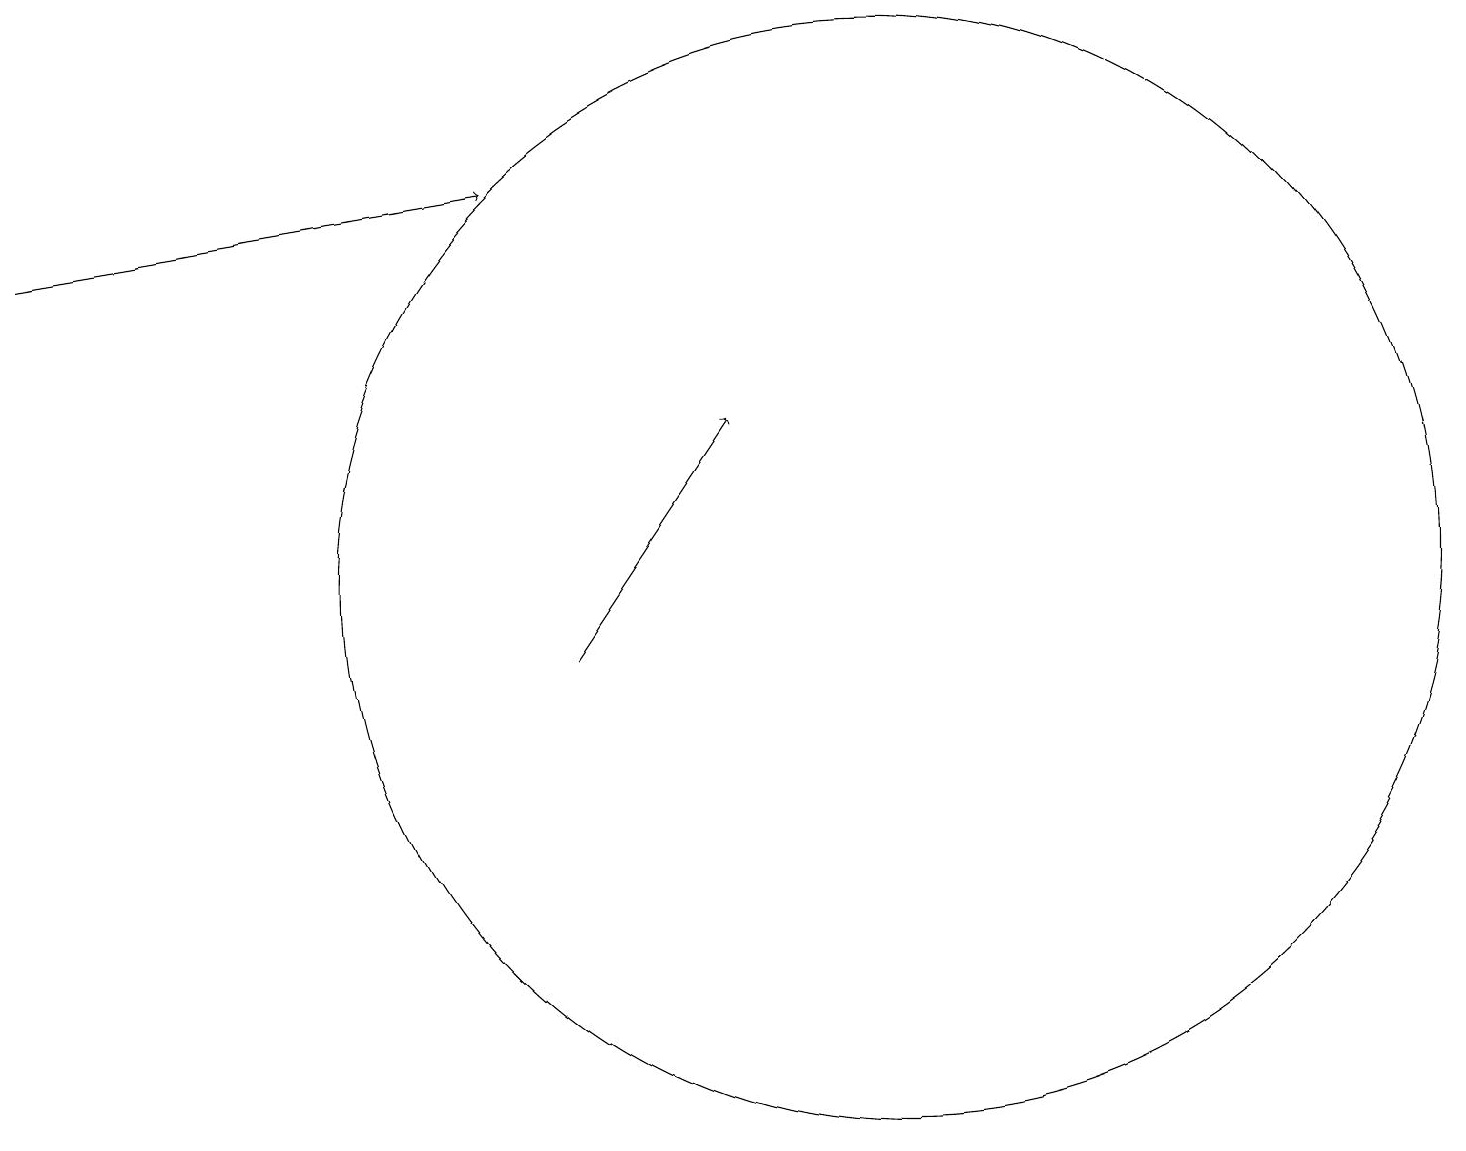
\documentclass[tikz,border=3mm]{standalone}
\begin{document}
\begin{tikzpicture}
\draw[->] (7,10) -- (9,13);
\draw[->] (0,15) -- (6,16);
\draw (11,11) circle (7);
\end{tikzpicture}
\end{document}